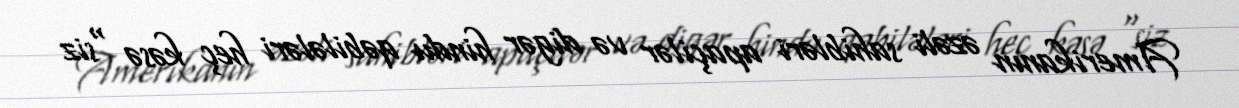
Amerikanın əzəli sahibləri apaçilər və digər hindu qəbilələri heç kəsə “siz